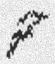
7